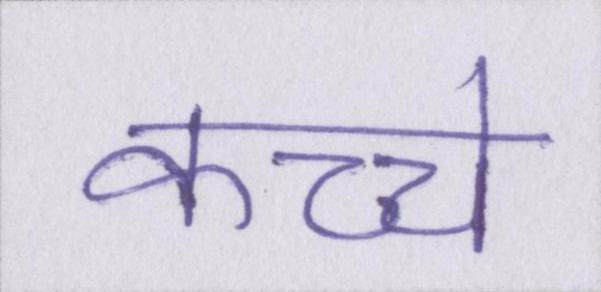
कच्चे